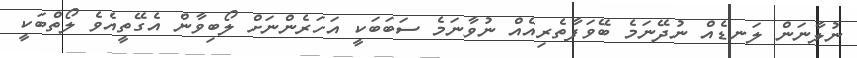
ނުލާނަން ލަނޑެއް ނުދޭނަމެ ބޭވަފާތެރިއެއް ނުވާނަމެ ސަބަބަކީ އަހަރެންނަށް ލޯބިވާން އެގޭތީއެވެ ލޯތްބަކީ